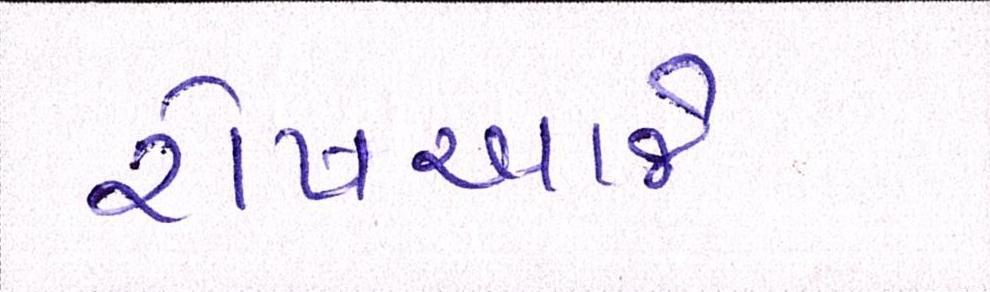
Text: રોષઆજે